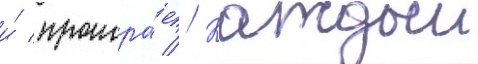
и́ проигра́ет // Каждыи